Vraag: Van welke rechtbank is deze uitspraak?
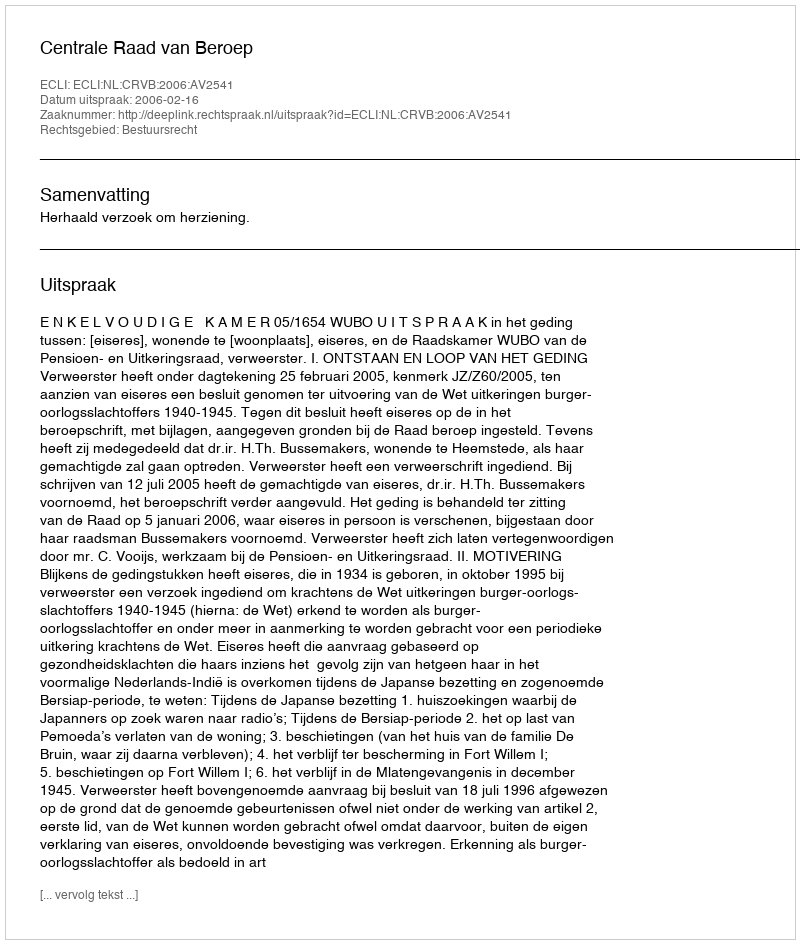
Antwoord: Centrale Raad van Beroep